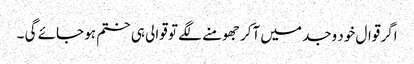
اگر قوال خود وجد میں آکر جھومنے لگے تو قوالی ہی ختم ہو جائے گی ۔